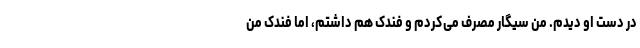
در دست او دیدم. من سیگار مصرف می‌کردم و فندک هم داشتم، اما فندک من